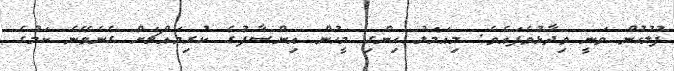
ފުލުހުން ވަނީ ވިދާޅުވެފައެވެ. މިއަމަލު ހިންގި މީހުން އިންސާފުގެ ކުރިމައްޗަށް ގެނެވޭނެ ކަމުގެ